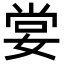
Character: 𡝣